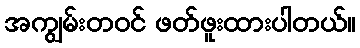
အကျွမ်းတဝင် ဖတ်ဖူးထားပါတယ်။